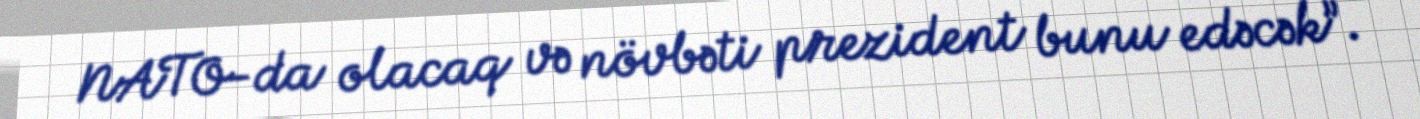
NATO-da olacaq və növbəti prezident bunu edəcək”.